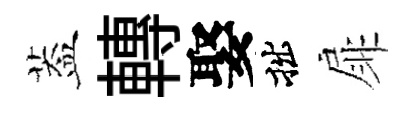
葢轉娶拙扉